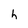
Character: h